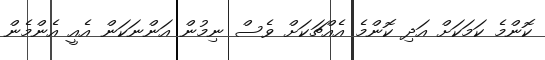
ކޮންމެ ކަމަކަށް އަދި ކޮންމެ އެއްޗަކަށް ވެސް ނިމުން އަންނަކަން އެއީ އެންމެން